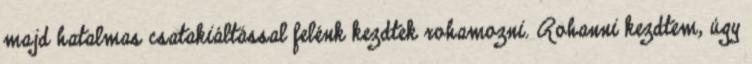
majd hatalmas csatakiáltással felénk kezdtek rohamozni. Rohanni kezdtem, úgy